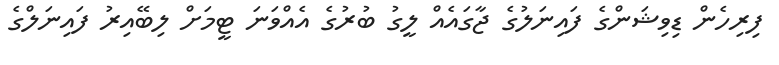
ފިރިހެން ޑިވިޝަންގެ ފައިނަލުގެ ޖާގައެއް ލީގު ބުރުގެ އެއްވަނަ ޓީމަށް ލިބޭއިރު ފައިނަލްގެ